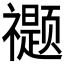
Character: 𰨖